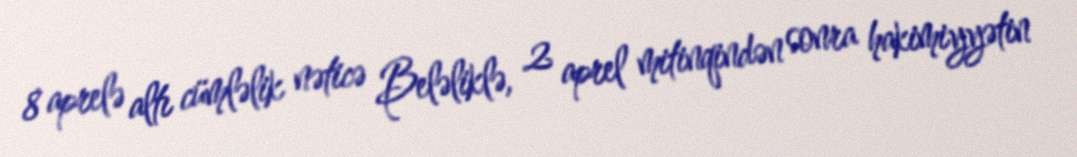
8 aprelə altı cümləlik nəticə Beləliklə, 2 aprel mitinqindən sonra hakimiyyətin